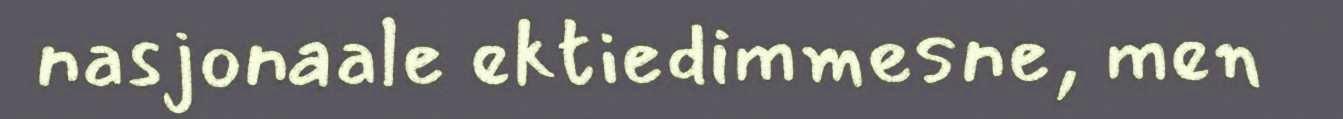
nasjonaale ektiedimmesne, men